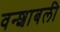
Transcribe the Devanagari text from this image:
वन्शाबली